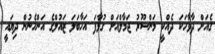
ގެއަށް ދާވާހަކަ ދެއްކީ މަންސޫރު ޖަމާލްއަށް ގުޅާފަަ އަހާބަލަ ޒައުލްގެ އަންހެނުން ދިޔައީ